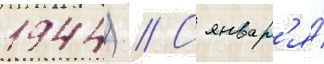
1944) // С январ'я́